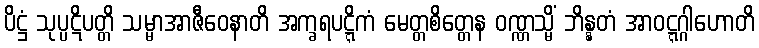
ပိဋ္ဌံ သုပ္ပဋိပတ္တိ သမ္မာအာဇီဝေနာတိ အက္ခရပဋ္ဋိကံ မေတ္တစိတ္တေန ဝဏ္ဏသ္မိံ ဘိန္နတံ အာဝဋ္ဋဂ္ဂါဟောတိ